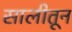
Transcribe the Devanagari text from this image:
सालीतून